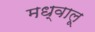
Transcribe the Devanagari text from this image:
मध्वालू